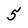
Character: 5